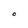
Character: O